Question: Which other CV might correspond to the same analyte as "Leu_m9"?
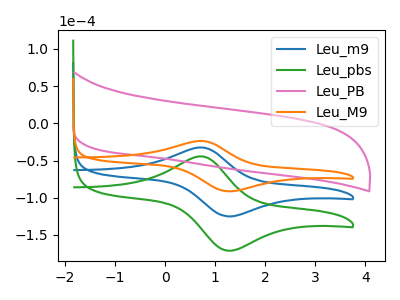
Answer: <think>The blue curve "Leu_m9" has an anodic peak at (0.70V, -32.45uA) and a cathodic peak at (1.25V, -125.05uA). The green curve "Leu_pbs" has an anodic peak at (0.70V, -64.90uA) and a cathodic peak at (1.25V, -250.05uA). The pink curve "Leu_PB" has no peaks. The orange curve "Leu_M9" has an anodic peak at (0.70V, -23.70uA) and a cathodic peak at (1.25V, -91.35uA).
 All the peaks in "Leu_m9" have a peak in "Leu_pbs" at the same potential. "Leu_m9" and "Leu_PB" have a different number of peaks. All the peaks in "Leu_m9" have a peak in "Leu_M9" at the same potential. "Leu_pbs" and "Leu_PB" have a different number of peaks. All the peaks in "Leu_pbs" have a peak in "Leu_M9" at the same potential. "Leu_PB" and "Leu_M9" have a different number of peaks.</think>
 <answer>"Leu_m9" and "Leu_pbs" have a similar shape to "Leu_M9".</answer>
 <eval>"Leu_m9" "Leu_pbs"</eval>